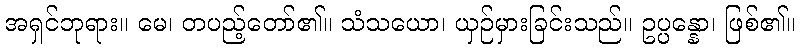
အရှင်ဘုရား။ မေ၊ တပည့်တော်၏။ သံသယော၊ ယှဉ်မှားခြင်းသည်။ ဥပ္ပန္နော၊ ဖြစ်၏။